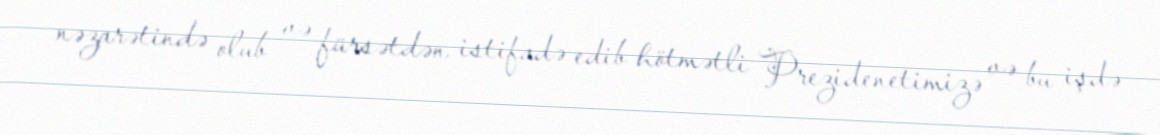
nəzarətində olub və fürsətdən istifadə edib hötmətli Prezidenetimizə və bu işdə